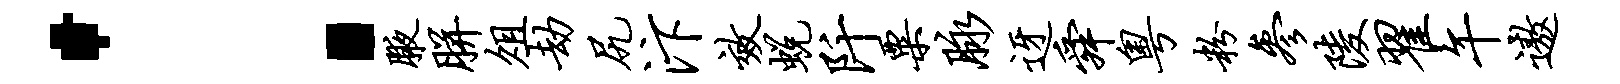
：腋胼俎劫尻汴效蜕阡粟脉迓舜粤粉参陵翟午遨